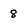
Character: 8